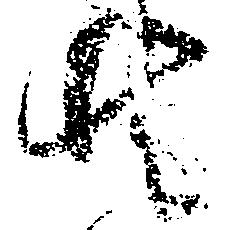
共